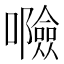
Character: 𱕤